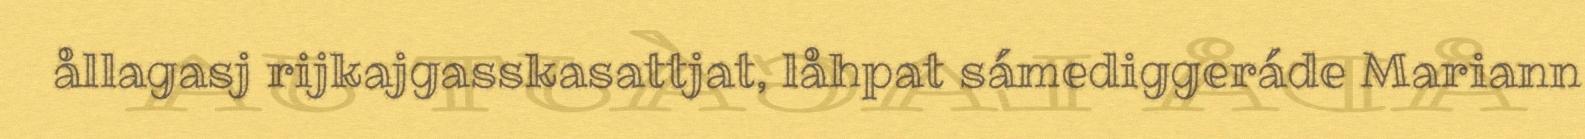
ållagasj rijkajgasskasattjat, låhpat sámediggeráde Mariann